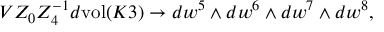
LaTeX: V Z _ { 0 } Z _ { 4 } ^ { - 1 } d \mathrm { v o l } ( K 3 ) \to d w ^ { 5 } \wedge d w ^ { 6 } \wedge d w ^ { 7 } \wedge d w ^ { 8 } ,